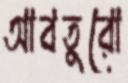
আবতুরো